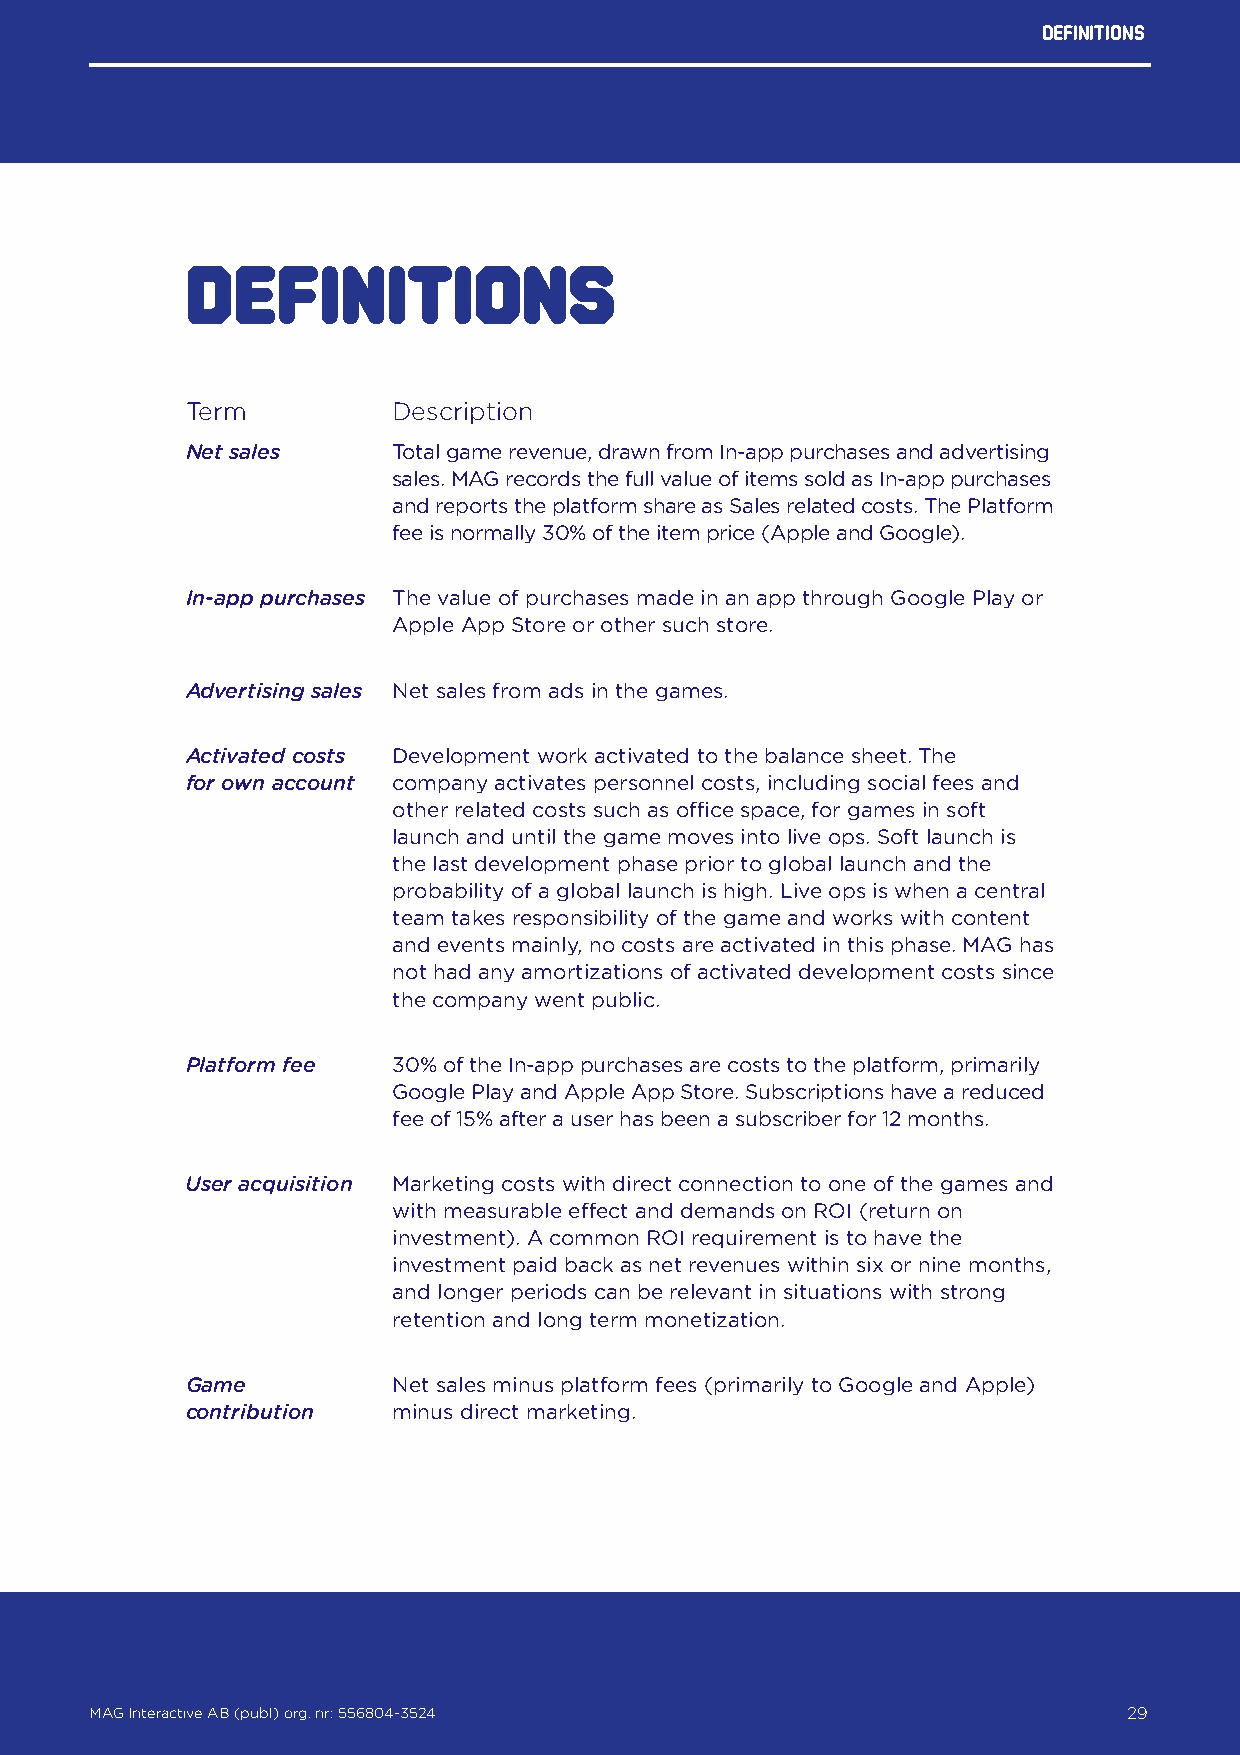
Definitions
 Definitions
 Term          Description
 Net sales     Total game revenue, drawn from In-app purchases and advertising
 sales. MAG records the full value of items sold as In-app purchases
 and reports the platform share as Sales related costs. The Platform
 fee is normally 30% of the item price (Apple and Google).
 In-app purchases The value of purchases made in an app through Google Play or
 Apple App Store or other such store.
 Advertising sales Net sales from ads in the games.
 Activated costs Development work activated to the balance sheet. The
 for own account company activates personnel costs, including social fees and
 other related costs such as office space, for games in soft
 launch and until the game moves into live ops. Soft launch is
 the last development phase prior to global launch and the
 probability of a global launch is high. Live ops is when a central
 team takes responsibility of the game and works with content
 and events mainly, no costs are activated in this phase. MAG has
 not had any amortizations of activated development costs since
 the company went public.
 Platform fee  30% of the In-app purchases are costs to the platform, primarily
 Google Play and Apple App Store. Subscriptions have a reduced
 fee of 15% after a user has been a subscriber for 12 months.
 User acquisition Marketing costs with direct connection to one of the games and
 with measurable effect and demands on ROI (return on
 investment). A common ROI requirement is to have the
 investment paid back as net revenues within six or nine months,
 and longer periods can be relevant in situations with strong
 retention and long term monetization.
 Game          Net sales minus platform fees (primarily to Google and Apple)
 contribution  minus direct marketing.
 MAG Interactive AB (publ) org. nr: 556804-3524                   29
 MAG Interactive AB (publ) org. nr: 556804-3524                       29